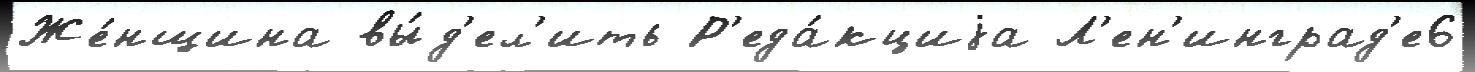
Же́нщина вы́д'ел'ить Р'еда́кциjа Л'ен'инград'е6